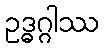
ဥဒ္ဓဂ္ဂါဿ